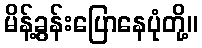
မိန့်ခွန်းပြောနေပုံတို့။